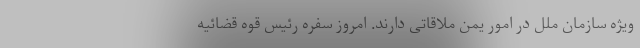
ویژه سازمان ملل در امور یمن ملاقاتی دارند. امروز سفره رئیس قوه قضائیه